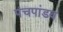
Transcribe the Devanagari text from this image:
पंचपांडव